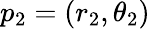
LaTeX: p_{2}=(r_{2},\theta_{2})